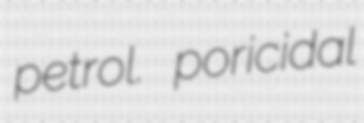
petrol. poricidal